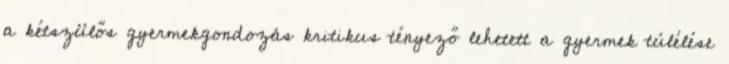
a kétszülős gyermekgondozás kritikus tényező lehetett a gyermek túlélése